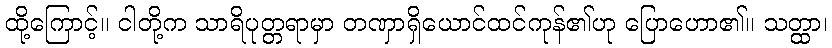
ထို့ကြောင့်။ ငါတို့က သာရိပုတ္တရာမှာ တဏှာရှိယောင်ထင်ကုန်၏ဟု ပြောဟော၏။ သတ္ထာ၊